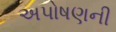
અપોષણની